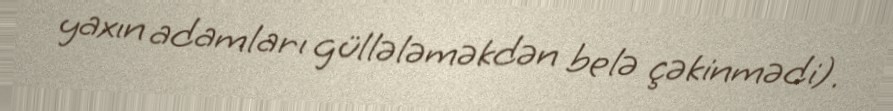
yaxın adamları güllələməkdən belə çəkinmədi).